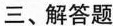
三、解答题